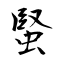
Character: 蜸